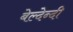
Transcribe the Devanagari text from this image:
बेल्देन्दी